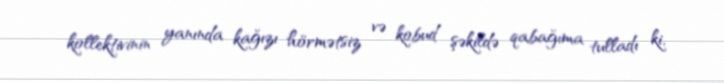
kollektivinin yanında kağızı hörmətsiz və kobud şəkildə qabağıma tulladı ki,